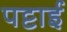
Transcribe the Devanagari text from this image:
पट्टाई